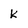
Character: k